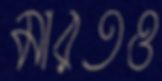
মারতও